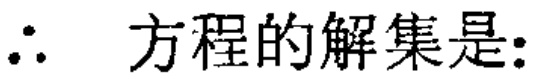
\(\therefore\) 方程的解集是: